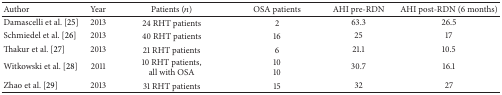
| Author | Year | Patients (n) | OSA patients | AHI pre-RDN | AHI post-RDN (6 months) |
 | --- | --- | --- | --- | --- | --- |
 | Damascelli et al. [25] | 2013 | 24 RHT patients | 2 | 63.3 | 26.5 |
 | Schmiedel et al. [26] | 2013 | 40 RHT patients | 16 | 25 | 17 |
 | Thakur et al. [27] | 2013 | 21 RHT patients | 6 | 21.1 | 10.5 |
 | Witkowski et al. [28] | 2011 | 10 RHT patients, all with OSA | 10 10 | 30.7 | 16.1 |
 | Zhao et al. [29] | 2013 | 31 RHT patients | 15 | 32 | 27 |